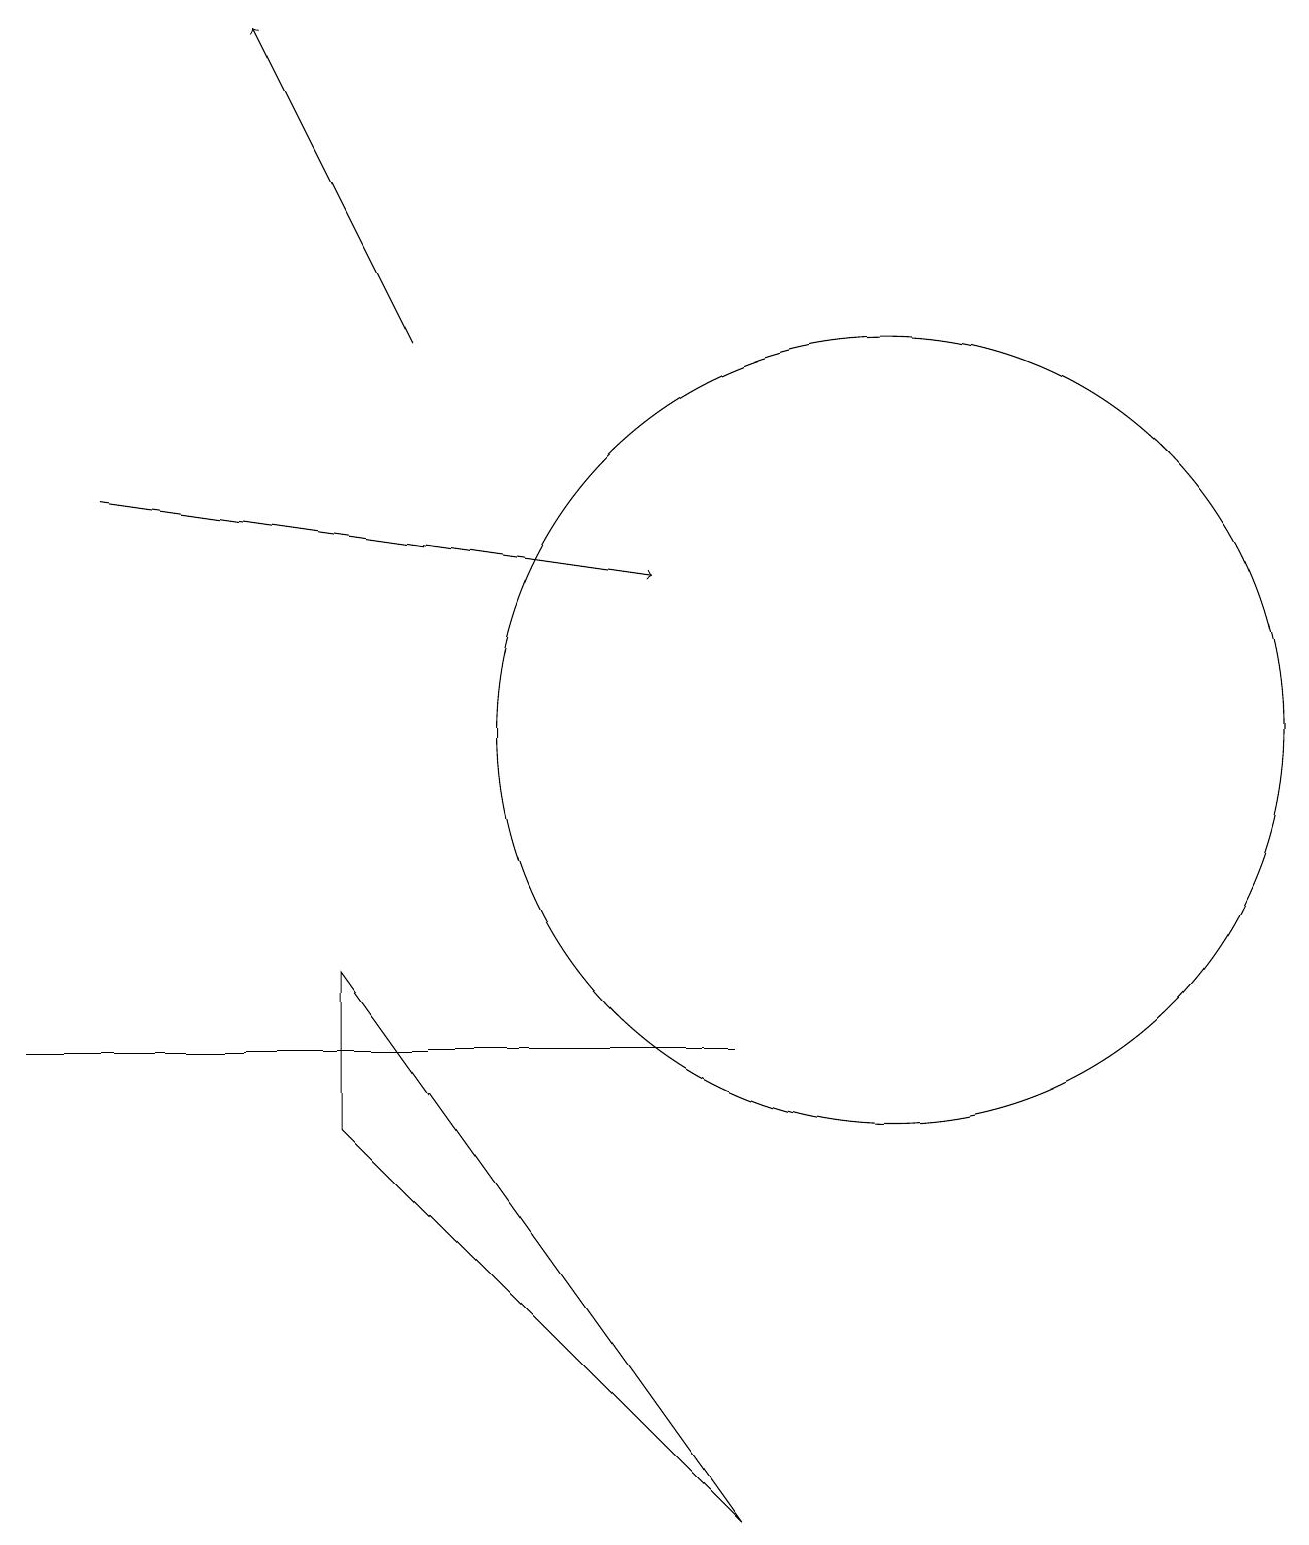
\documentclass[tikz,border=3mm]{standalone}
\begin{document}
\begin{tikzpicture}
\draw (0,6) -- (8,6) -- (9,6) -- cycle;
\draw[->] (1,13) -- (8,12);
\draw[->] (5,15) -- (3,19);
\draw (4,5) -- (9,0) -- (4,7) -- cycle;
\draw (11,10) circle (5);
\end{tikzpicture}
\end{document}